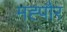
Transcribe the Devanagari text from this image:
मह्पौर